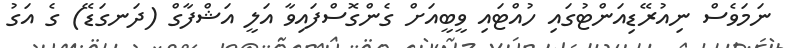
ނަމަވެސް ނިއުރޭޑިއަންޓުގައި ހުއްޓައި ވީބީއަށް ގެންގޮސްފައިވާ އަލީ އަޝްފާގް (ދަނގަޑޭ) ގެ އަގު